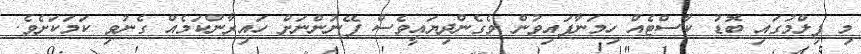
މި ފިލްމުގައި ބޮޑު ކާސްޓެއް ހިމަނާފައިވުން ވެގެންދިޔައީވެސް ފޭނުންނަށް ހައިރާންކަމެއް ގެނުވި ކަމަކަށެވެ.